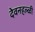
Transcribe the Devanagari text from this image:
देवनहल्ळी